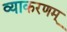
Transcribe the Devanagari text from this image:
व्याकरणम्